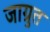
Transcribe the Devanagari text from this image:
जाग्रुत